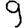
Digit: 9